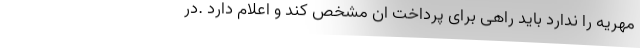
مهریه را ندارد باید راهی برای پرداخت ان مشخص کند و اعلام دارد .در